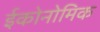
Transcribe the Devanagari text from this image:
ईकोनोमिक